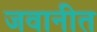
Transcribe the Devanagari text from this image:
जवानीत